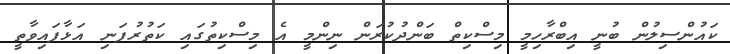
ކައުންސިލުން ބުނީ އިބްރާހިމީ މިސްކިތް ބަންދުކުރަން ނިންމީ އެ މިސްކިތުގައި ކަތުރުފަނި އަޅާފައިވާތީ